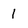
Character: 1